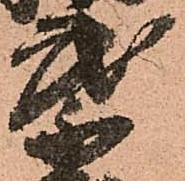
葉